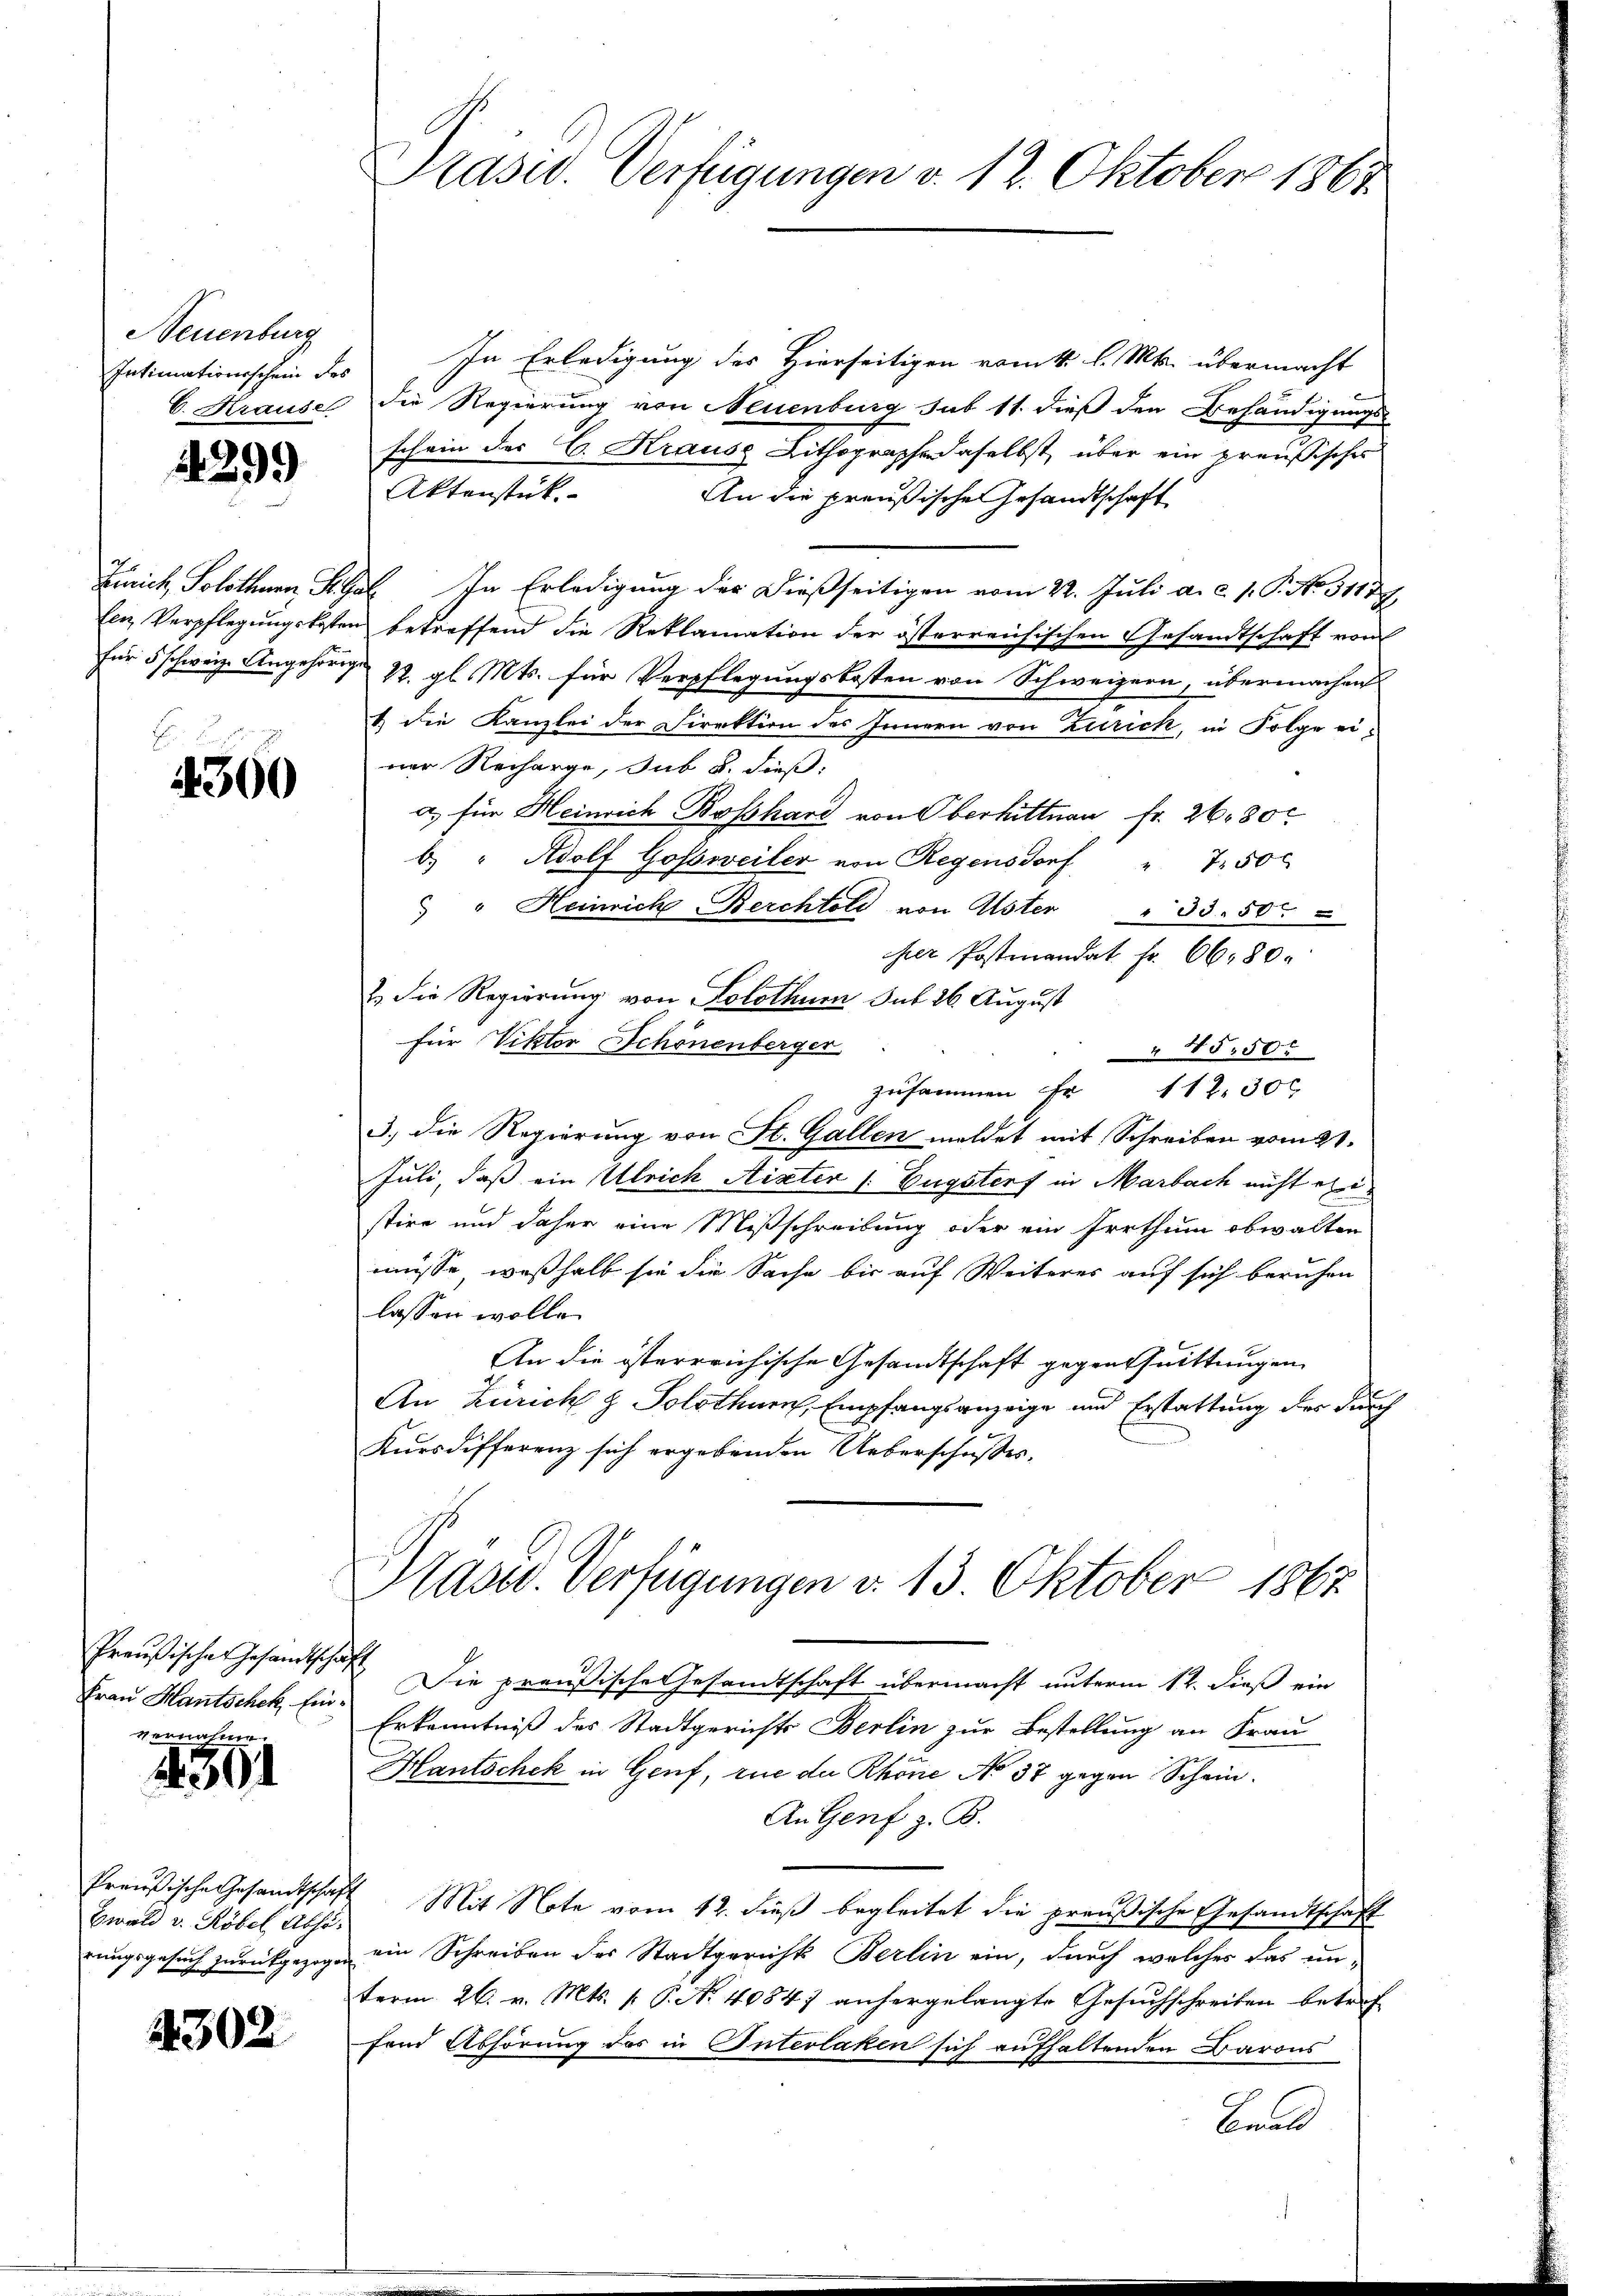
Neuenburg

1299

4300

Preußisches Gesandtsch

vernahm.
4301

Preußische Gesandtschaf
Ewald v. Röbel Absorungsgesuch zurückgezoge

4302

Präsid. Verfügungen v. 12. Oktober 1863.

Intimationsschein des „In Erledigung des Hierseitigen vom 1. l. Mts. übermacht
C. Krause die Regierung von Neuenburg sub 11. dieß den Behändigungs-
schein des C. Krause Lithographe daselbst, über ein preußisches
Aktenstück.
An die preußische Gesandtschaft
Zürich Solothurn Kal In Erledigung der dießseitigen vom 22. Juli a. c. s. S. No. 31137
len Verpflegungskosten betreffend die Reklamation der österreichischen Gesandtschaft von
für 5 schweiz. Angehörige 77. gl. Mts. für Verpflegungskosten von Schweizern, übermachen
1) die Kanzlei der Direktion des Innern von Zürich, in Folge einer Recharge, sub b. dieß:
a) für Heinrich Boßhard von Oberhittnau fr. 2630
b) " Adolf Goßweiler von Regensdorf
75 x
 " Heinrich-Berchtold von Uster " 33. 50t "
her Postmandat Fr. 6680.
2.) Die Regierung von Solothum Sub 26 August
für Viktor Schönenberger
45.50.
zusammen 1130 x
3., die Regierung von St. Gallen meldet mit Schreiben vom 21.
Juli, daß ein Ulrich Aister l. Eugstorf in Marbach nicht ein
stire und daher eine Mißschreibung oder ein Irrthum obwalten
müsse, weßhalb sie die Sache bis auf Weiteres auf sich beruhen
lassen wolle.
An die österreichische Gesandtschaft gegenthuittungen
An Zürich & Solothurn, Empfangsanzeige und Erstattung des durch
Kursdifferenz sich ergebenden Ueberschusses.

Hast. Verfügungen d. 13. Oktober 1867

a
Frau Hantschek hin. Die preußische Gesandtschaft übermacht unterm 12. dieß ein
Erkenntniß des Stadtgerichts Berlin zur Bestellung an Frau
Hantschek in Genf, rue der Rhöne No 37 gegen Schein¬
An Genf z. B.
t Mit Note vom 12. dieß begleitet die preußische Gesandtschaft
ein Schreiben des Stadtgerichts Berlin ein, durch welcher das un-
term 26. v. Mts. p. P. Nr. 40847 anhergelangte Gesuchschreiben betref
fend Abhörung des in Interlaken sich aufhaltenden Barons
Brald